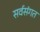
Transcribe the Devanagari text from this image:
सर्वसंगत